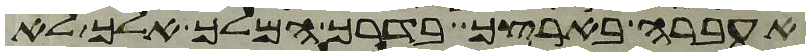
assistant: אעברה בארצך בדרך המלך אלך לא